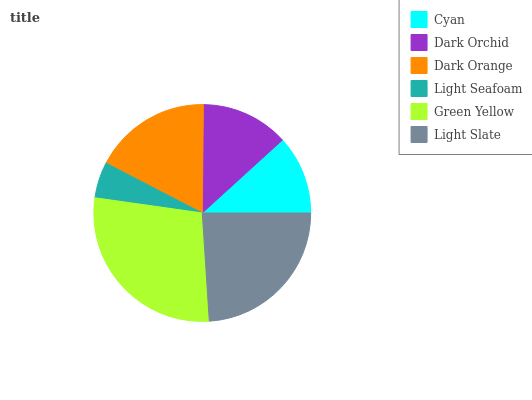
| Cyan | Dark Orchid | Dark Orange | Light Seafoam | Green Yellow | Light Slate |
 | --- | --- | --- | --- | --- | --- |
 | 11.8% | 13.1% | 17.5% | 5.36% | 28.3% | 24% |